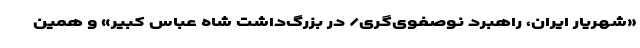
«شهریار ایران، راهبرد نوصفوی‌گری/ در بزرگ‌داشت شاه عباس کبیر» و همین